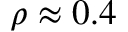
\rho \approx 0 . 4